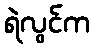
ရဲလွင်က